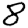
Digit: 8